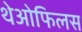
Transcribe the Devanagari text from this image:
थेओफिलस